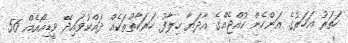
ހަތަރު އަހަރުގެ އަންހެން ކުއްޖެއްގެ އާދަޔާ ހިލާފު ހަރަކާތްތަކެއް ދައްކުވައިދޭ ވީޑިއޯއެއް 56